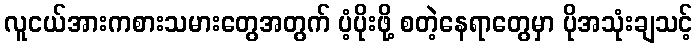
လူငယ်အားကစားသမားတွေအတွက် ပံ့ပိုးဖို့ စတဲ့နေရာတွေမှာ ပိုအသုံးချသင့်